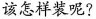
该怎样装呢?